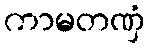
ကာမတဏှံ